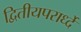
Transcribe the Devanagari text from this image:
द्वितीयपरार्ध्दे